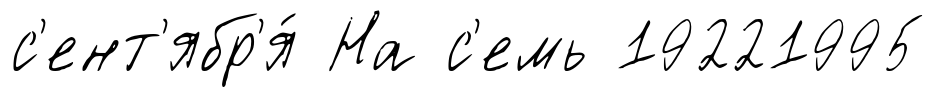
с'ент'ябр'я́ На с'емь 19221995